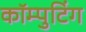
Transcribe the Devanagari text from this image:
कॉम्पुटिंग